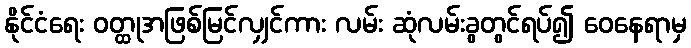
နိုင်ငံရေး ဝတ္ထုအဖြစ်မြင်လျှင်ကား လမ်း ဆုံလမ်းခွတွင်ရပ်၍ ဝေနေရာမှ